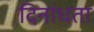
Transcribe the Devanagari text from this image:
दिनांधता